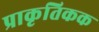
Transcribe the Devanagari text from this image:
प्राकृतिकक